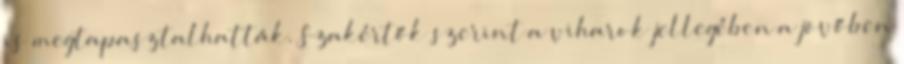
is megtapasztalhatták. Szakértők szerint a viharok jellegében a jövőben